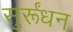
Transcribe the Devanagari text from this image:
सुर्रूंधन